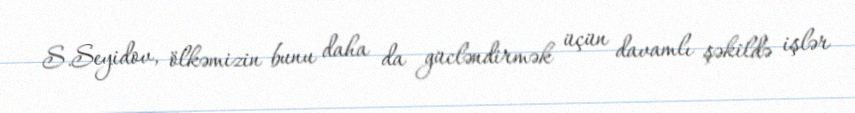
S.Seyidov, ölkəmizin bunu daha da gücləndirmək üçün davamlı şəkildə işlər